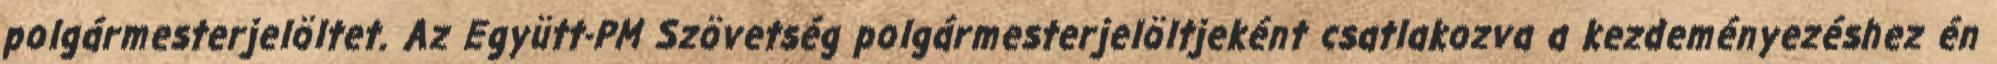
polgármesterjelöltet. Az Együtt-PM Szövetség polgármesterjelöltjeként csatlakozva a kezdeményezéshez én